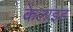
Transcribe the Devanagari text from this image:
केलाइड